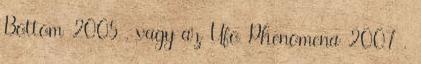
Bottom 2005 , vagy az Ufo Phenomena 2007 .